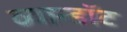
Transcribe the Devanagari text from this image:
व्यान्डॉट